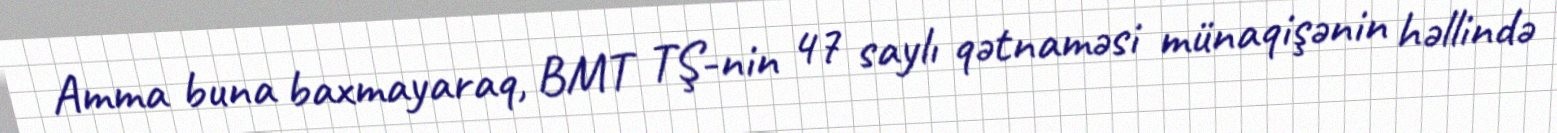
Amma buna baxmayaraq, BMT TŞ-nin 47 saylı qətnaməsi münaqişənin həllində